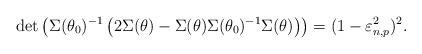
LaTeX: \begin{align*}\det\left(\Sigma(\theta_0)^{-1}\left(2\Sigma(\theta)-\Sigma(\theta)\Sigma(\theta_0)^{-1}\Sigma(\theta)\right)\right)=(1-\varepsilon_{n,p}^2)^2.\end{align*}